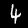
Digit: 4